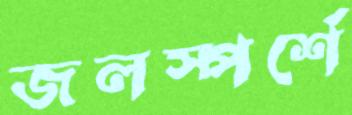
জলস্পর্শে